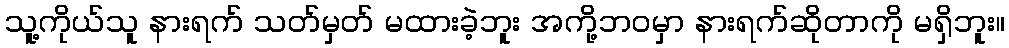
သူ့ကိုယ်သူ နားရက် သတ်မှတ် မထားခဲ့ဘူး အကို့ဘဝမှာ နားရက်ဆိုတာကို မရှိဘူး။